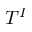
T ^ { I }